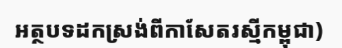
អត្ថបទដកស្រង់ពីកាសែតរស្មីកម្ពុជា)